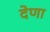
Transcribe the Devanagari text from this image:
देणा